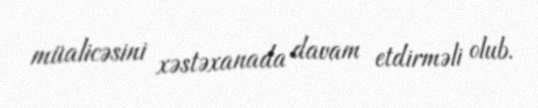
müalicəsini xəstəxanada davam etdirməli olub.